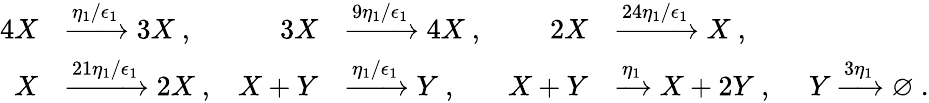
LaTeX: \begin{array}{rlrlrl}{4X}&{\xrightarrow{\eta_{1}/\epsilon_{1}}3X\ ,}&{3X}&{\xrightarrow{9\eta_{1}/\epsilon_{1}}4X\ ,}&{2X}&{\xrightarrow{24\eta_{1}/\epsilon_{1}}X\ ,}\\ {X}&{\xrightarrow{21\eta_{1}/\epsilon_{1}}2X\ ,}&{X+Y}&{\xrightarrow{\eta_{1}/\epsilon_{1}}Y\ ,}&{X+Y}&{\xrightarrow{\eta_{1}}X+2Y\ ,~~~~~Y\xrightarrow{3\eta_{1}}\varnothing\ .}\end{array}